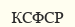
КСФСР